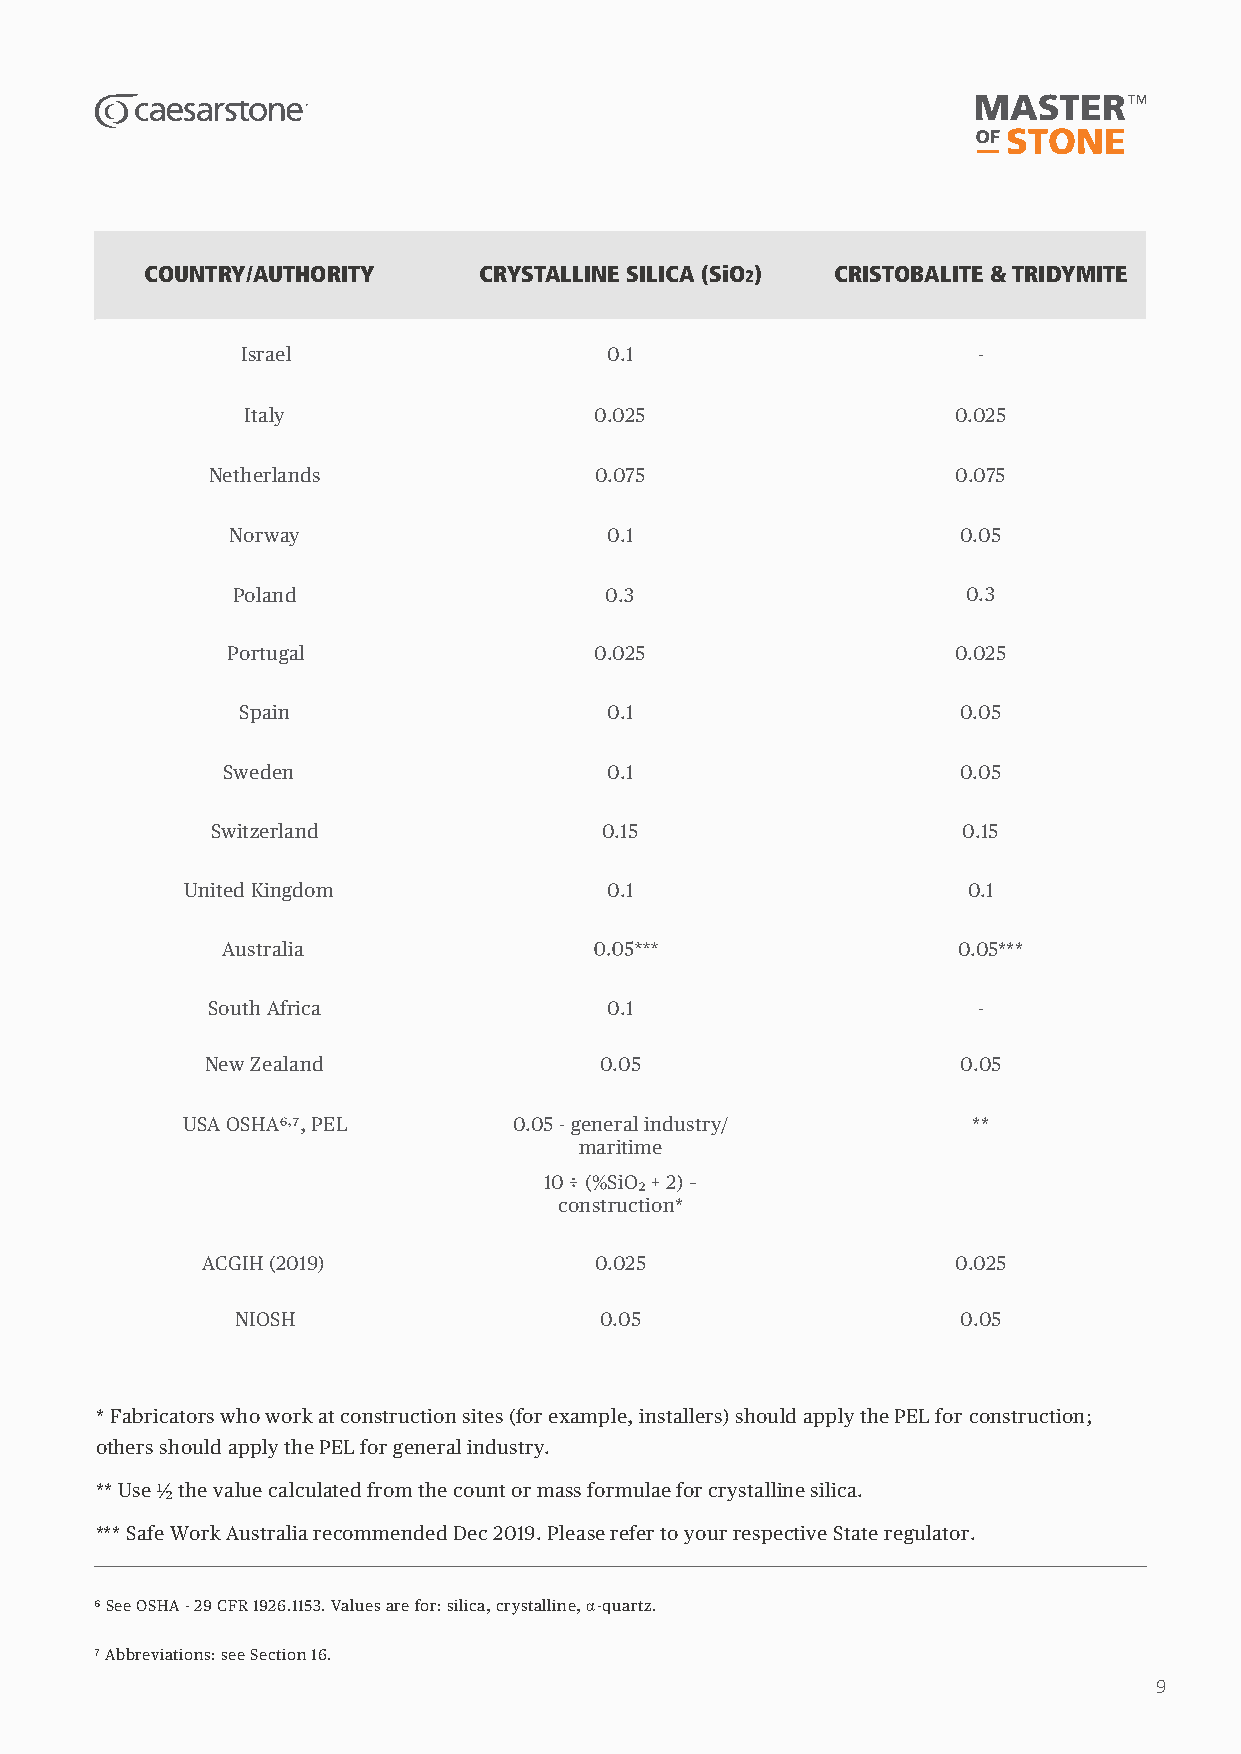
COUNTRY/AUTHORITY     CRYSTALLINE SILICA (SiO2) CRISTOBALITE & TRIDYMITE
 Israel                  0.1                      -
 Italy                  0.025                   0.025
 Netherlands              0.075                   0.075
 Norway                   0.1                     0.05
 Poland                   0.3                     0.3
 Portugal                0.025                   0.025
 Spain                   0.1                     0.05
 Sweden                   0.1                     0.05
 Switzerland               0.15                    0.15
 United Kingdom              0.1                     0.1
 Australia                                       0.05***
 South Africa              0.1                      -
 New Zealand               0.05                    0.05
 USA OSHA , PEL        0.05 - general industry/      **
 maritime
 10 ÷ (%SiO + 2) –
 construction*
 ACGIH (2019)              0.025                   0.025
 NIOSH                   0.05                    0.05
 * Fabricators who work at construction sites (for example, installers) should apply the PEL for construction;
 others should apply the PEL for general industry.
 ** Use ½ the value calculated from the count or mass formulae for crystalline silica.
 *** Safe Work Australia recommended Dec 2019. Please refer to your respective State regulator.
 See OSHA - 29 CFR 1926.1153. Values are for: silica, crystalline, α-quartz.
 Abbreviations: see Section 16.
 9